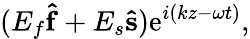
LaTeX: (E_{f}\mathbf{\hat{f}}+E_{s}\mathbf{\hat{s}})\mathrm{e}^{i(kz-\omega t)},